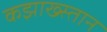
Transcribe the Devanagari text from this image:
कझाख्स्तान